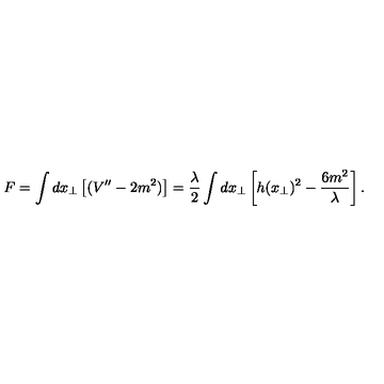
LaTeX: F = \int d x _ { \bot } \left[ ( V ^ { \prime \prime } - 2 m ^ { 2 } ) \right] = \frac { \lambda } { 2 } \int d x _ { \bot } \left[ h ( x _ { \bot } ) ^ { 2 } - \frac { 6 m ^ { 2 } } { \lambda } \right] .